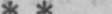
* *